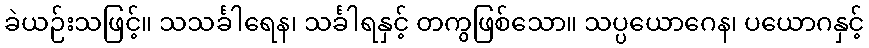
ခဲယဉ်းသဖြင့်။ သသင်္ခါရေန၊ သင်္ခါရနှင့် တကွဖြစ်သော။ သပ္ပယောဂေန၊ ပယောဂနှင့်